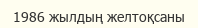
1986 жылдың желтоқсаны